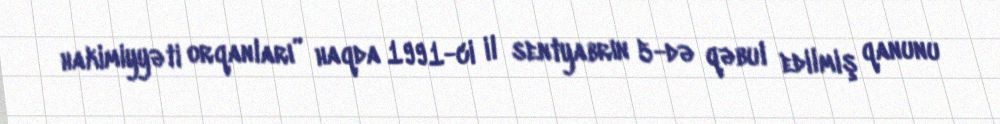
hakimiyyəti orqanları” haqda 1991-ci il sentyabrın 5-də qəbul edilmiş qanunu